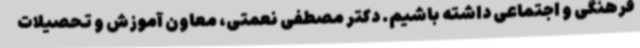
فرهنگی و اجتماعی داشته باشیم. دکتر مصطفی نعمتی، معاون آموزش و تحصیلات